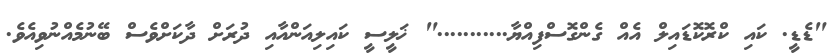
"ޑެޑީ. ކައި ކްރޮކޮޑައިލް އެއް ގެންގޮސްފިއްޔާ..........." ޚަލީސީ ކައިލިއަންއާއި ދުރަށް ދާކަށްވެސް ބޭނުމެއްނުވިއެވެ.